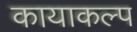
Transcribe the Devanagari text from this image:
कायाकल्‍प